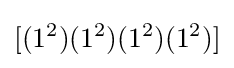
[(1^{2})(1^{2})(1^{2})(1^{2})]